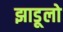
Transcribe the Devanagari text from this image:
झाडूलो